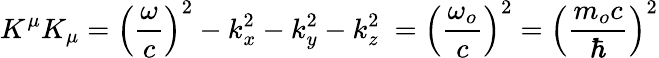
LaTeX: K^{\mu}K_{\mu}=\left({\frac{\omega}{c}}\right)^{2}-k_{x}^{2}-k_{y}^{2}-k_{z}^{2}\ =\left({\frac{\omega_{o}}{c}}\right)^{2}=\left({\frac{m_{o}c}{\hbar}}\right)^{2}